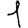
Digit: 1